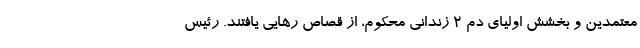
معتمدین و بخشش اولیای دم ۲ زندانی محکوم، از قصاص رهایی یافتند. رئیس